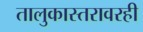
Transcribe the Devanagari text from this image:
तालुकास्तरावरही